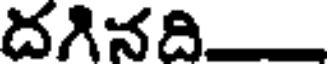
దగినది